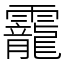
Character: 靇